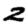
Digit: 2